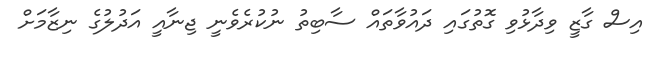
އިސް ގާޒީ ވިދާޅުވި ގޮތުގައި ދައުވާތައް ސާބިތު ނުކުރެވެނީ ޖިނާއީ އަދުލުގެ ނިޒާމަށް